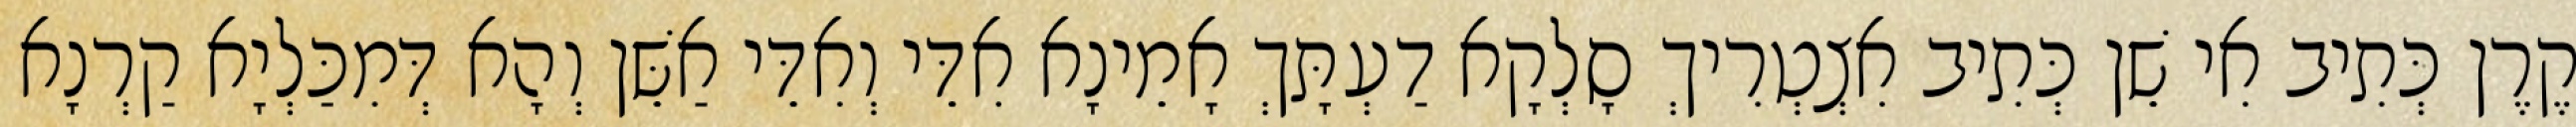
קֶרֶן כְּתִיב אִי שֵׁן כְּתִיב אִצְטְרִיךְ סָלְקָא דַעְתָּךְ אָמֵינָא אִדֵּי וְאִדֵּי אַשֵּׁן וְהָא דְּמִכַּלְיָא קַרְנָא